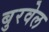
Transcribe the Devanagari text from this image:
बुरवेल